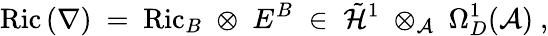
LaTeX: \mathrm{Ric}\, (\nabla)\ =\ \mathrm{Ric}_{B}\; \otimes\; E^{B}\; \in\; \tilde{{\mathcal H}}^{1}\; \otimes_{{\mathcal A}}\; \Omega_{D}^{1}({\mathcal A})\ ,